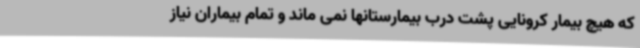
که هیچ بیمار کرونایی پشت درب بیمارستانها نمی ماند و تمام بیماران نیاز